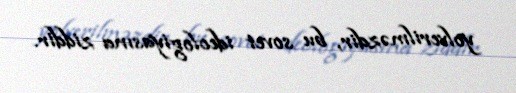
yolverilməzdir, bu sovet ideologiyasına ziddir.